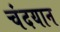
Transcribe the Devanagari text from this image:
चंदयान